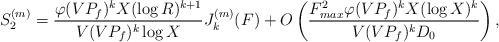
LaTeX: \begin{align*}S^{(m)}_2=\frac{\varphi(VP_f)^kX(\log R)^{k+1}}{V(VP_f)^k\log X}J^{(m)}_k(F)+O\left(\frac{F_{max}^2\varphi(VP_f)^kX(\log X)^k}{V(VP_f)^kD_0}\right),\end{align*}